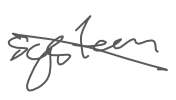
Text: system
Cross-out: diagonal
Writing tool: digital_gray